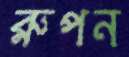
রুপন